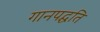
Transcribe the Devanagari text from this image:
गानपद्धति